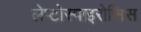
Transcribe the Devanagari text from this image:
लेप्टोस्पाइरोसिस